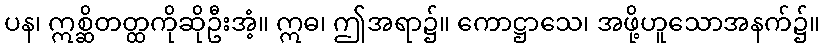
ပန၊ ဣစ္ဆိတတ္ထကိုဆိုဦးအံ့။ ဣဓ၊ ဤအရာ၌။ ကောဋ္ဌာသေ၊ အဖို့ဟူသောအနက်၌။